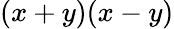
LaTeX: (x+y)(x-y)